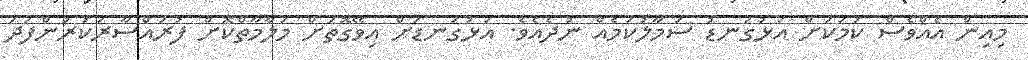
މިއިން އެއްވެސް ކަމަކަށް އަޅުގަނޑު ސަމާލުކަމެއް ނުދެއެވެ. އަޅުގަނޑަށް އިވޭގޮތަށް މަލާމާތްކޮށް ފުރައްސާރަކުރުންފަދަ